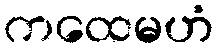
ကထေမဟံ